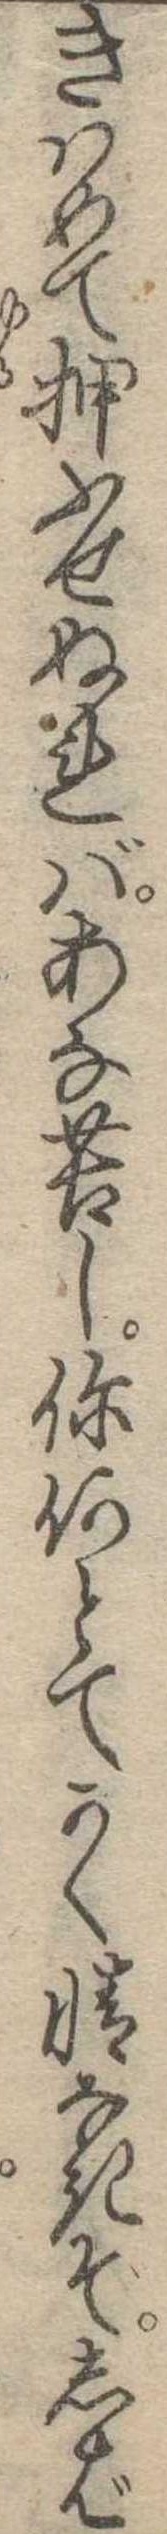
きはめて押ふせぬればあな苦し何とてかく情なきぞしば